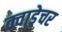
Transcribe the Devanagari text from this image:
क्वाड्रेचर